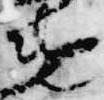
遣